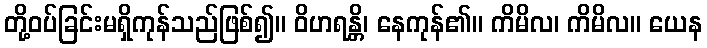
တို့ဝပ်ခြင်းမရှိကုန်သည်ဖြစ်၍။ ဝိဟရန္တိ၊ နေကုန်၏။ ကိမိလ၊ ကိမိလ။ ယေန